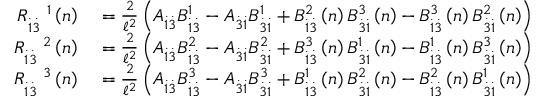
\begin{array} { r l } { R _ { \overset { . } { 1 } \overset { . } { 3 } } ^ { \quad 1 } \left( n \right) } & { { } = \frac { 2 } { \mathcal { \ell } ^ { 2 } } \left( A _ { \overset { . } { 1 } \overset { . } { 3 } } B _ { \overset { . } { 1 } \overset { . } { 3 } } ^ { 1 } - A _ { \overset { . } { 3 } \overset { . } { 1 } } B _ { \overset { . } { 3 } \overset { . } { 1 } } ^ { 1 } + B _ { \overset { . } { 1 } \overset { . } { 3 } } ^ { 2 } \left( n \right) B _ { \overset { . } { 3 } \overset { . } { 1 } } ^ { 3 } \left( n \right) - B _ { \overset { . } { 1 } \overset { . } { 3 } } ^ { 3 } \left( n \right) B _ { \overset { . } { 3 } \overset { . } { 1 } } ^ { 2 } \left( n \right) \right) } \\ { R _ { \overset { . } { 1 } \overset { . } { 3 } } ^ { \quad 2 } \left( n \right) } & { { } = \frac { 2 } { \mathcal { \ell } ^ { 2 } } \left( A _ { \overset { . } { 1 } \overset { . } { 3 } } B _ { \overset { . } { 1 } \overset { . } { 3 } } ^ { 2 } - A _ { \overset { . } { 3 } \overset { . } { 1 } } B _ { \overset { . } { 3 } \overset { . } { 1 } } ^ { 2 } + B _ { \overset { . } { 1 } \overset { . } { 3 } } ^ { 3 } \left( n \right) B _ { \overset { . } { 3 } \overset { . } { 1 } } ^ { 1 } \left( n \right) - B _ { \overset { . } { 1 } \overset { . } { 3 } } ^ { 1 } \left( n \right) B _ { \overset { . } { 3 } \overset { . } { 1 } } ^ { 3 } \left( n \right) \right) } \\ { R _ { \overset { . } { 1 } \overset { . } { 3 } } ^ { \quad 3 } \left( n \right) } & { { } = \frac { 2 } { \mathcal { \ell } ^ { 2 } } \left( A _ { \overset { . } { 1 } \overset { . } { 3 } } B _ { \overset { . } { 1 } \overset { . } { 3 } } ^ { 3 } - A _ { \overset { . } { 3 } \overset { . } { 1 } } B _ { \overset { . } { 3 } \overset { . } { 1 } } ^ { 3 } + B _ { \overset { . } { 1 } \overset { . } { 3 } } ^ { 1 } \left( n \right) B _ { \overset { . } { 3 } \overset { . } { 1 } } ^ { 2 } \left( n \right) - B _ { \overset { . } { 1 } \overset { . } { 3 } } ^ { 2 } \left( n \right) B _ { \overset { . } { 3 } \overset { . } { 1 } } ^ { 1 } \left( n \right) \right) } \end{array}